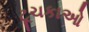
ટૂચકાઓ